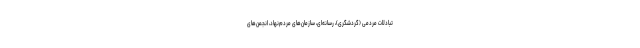
تبادلات مردمی (گردشگری)، رسانه‌ای، سازمان‌های مردم‌نهاد، انجمن‌های